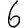
Digit: 6